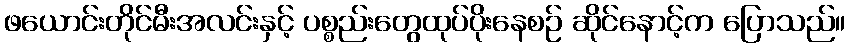
ဖယောင်းတိုင်မီးအလင်းနှင့် ပစ္စည်းတွေထုပ်ပိုးနေစဉ် ဆိုင်နောင့်က ပြောသည်။